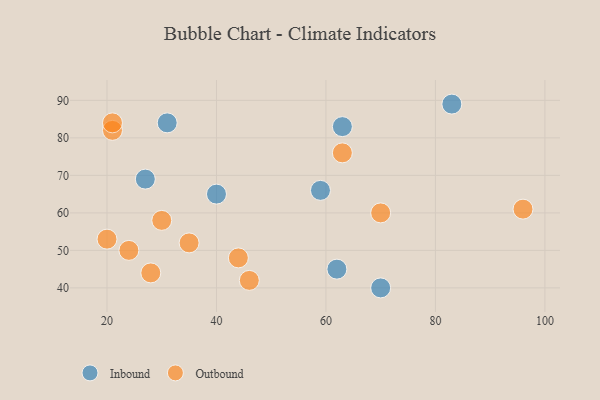
{"axis": {"x": "GDP", "y": "Life Expectancy"}, "legend": ["Inbound", "Outbound"], "data": [{"x": "63", "y": 83, "type": "Inbound"}, {"x": "40", "y": 65, "type": "Inbound"}, {"x": "70", "y": 40, "type": "Inbound"}, {"x": "59", "y": 66, "type": "Inbound"}, {"x": "83", "y": 89, "type": "Inbound"}, {"x": "31", "y": 84, "type": "Inbound"}, {"x": "27", "y": 69, "type": "Inbound"}, {"x": "62", "y": 45, "type": "Inbound"}, {"x": "46", "y": 42, "type": "Outbound"}, {"x": "63", "y": 76, "type": "Outbound"}, {"x": "44", "y": 48, "type": "Outbound"}, {"x": "21", "y": 82, "type": "Outbound"}, {"x": "21", "y": 84, "type": "Outbound"}, {"x": "20", "y": 53, "type": "Outbound"}, {"x": "30", "y": 58, "type": "Outbound"}, {"x": "70", "y": 60, "type": "Outbound"}, {"x": "28", "y": 44, "type": "Outbound"}, {"x": "96", "y": 61, "type": "Outbound"}, {"x": "24", "y": 50, "type": "Outbound"}, {"x": "35", "y": 52, "type": "Outbound"}]}